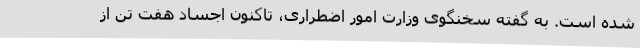
شده است. به گفته سخنگوی وزارت امور اضطراری، تاکنون اجساد هفت تن از